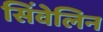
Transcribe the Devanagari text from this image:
सिंवेलिन